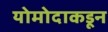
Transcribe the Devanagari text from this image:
योमोदाकडून